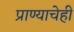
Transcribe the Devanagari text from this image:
प्राण्याचेही